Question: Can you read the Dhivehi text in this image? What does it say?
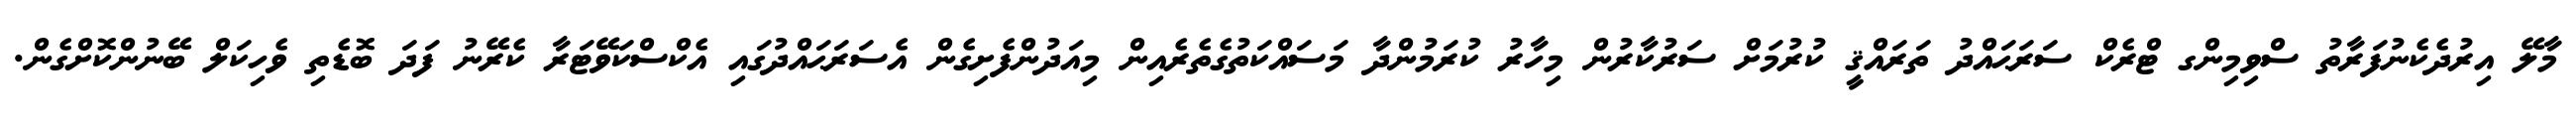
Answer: މާލޭ އިރުދެކެނުފަރާތު ސްވިމިންގ ޓްރެކް ސަރަޙައްދު ތަރައްޤީ ކުރުމަށް ސަރުކާރުން މިހާރު ކުރަމުންދާ މަސައްކަތުގެތެރެއިން މިއަދުންފެށިގެން އެސަރަޙައްދުގައި އެކްސްކަވޭޓަރާ ކެރޭނު ފަދަ ބޮޑެތި ވެހިކަލް ބޭނުންކޮށްގެން.